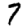
Digit: 7